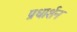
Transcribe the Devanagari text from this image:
प्रधार्शन